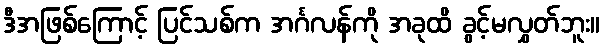
ဒီအဖြစ်ကြောင့် ပြင်သစ်က အင်္ဂလန်ကို အခုထိ ခွင့်မလွှတ်ဘူး။